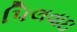
પિલવાઇ